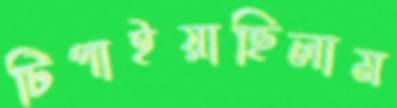
টিপাইয়াছিলাম